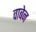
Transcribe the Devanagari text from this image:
वाबेन